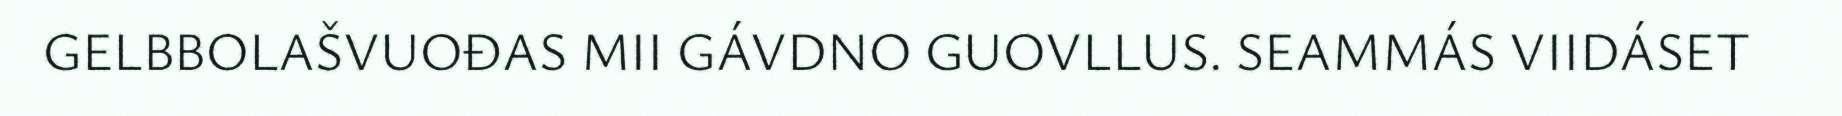
GELBBOLAŠVUOĐAS MII GÁVDNO GUOVLLUS. SEAMMÁS VIIDÁSET